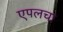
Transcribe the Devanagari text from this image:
एपलचा